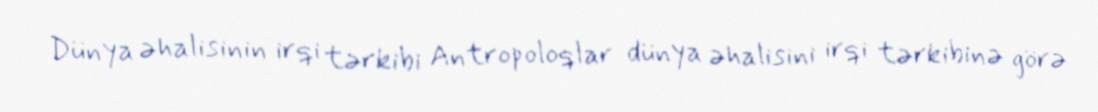
Dünya əhalisinin irqi tərkibi Antropoloqlar dünya əhalisini irqi tərkibinə görə